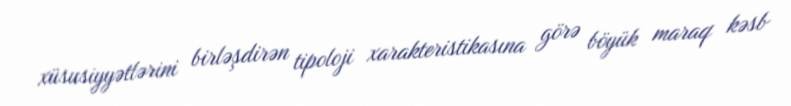
xüsusiyyətlərini birləşdirən tipoloji xarakteristikasına görə böyük maraq kəsb